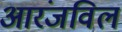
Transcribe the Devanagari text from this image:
आरंजविल